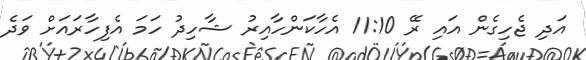
އަދި ޖެހިގެން އައި ރޭ 11:10 އެހާކަންހާއިރު ޝާހިދު ހަމަ އެފިހާރައަށް ވަދެ